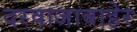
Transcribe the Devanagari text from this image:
दरवाजाबाहेर